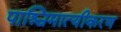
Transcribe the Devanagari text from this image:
पाश्चिमात्यीकरण